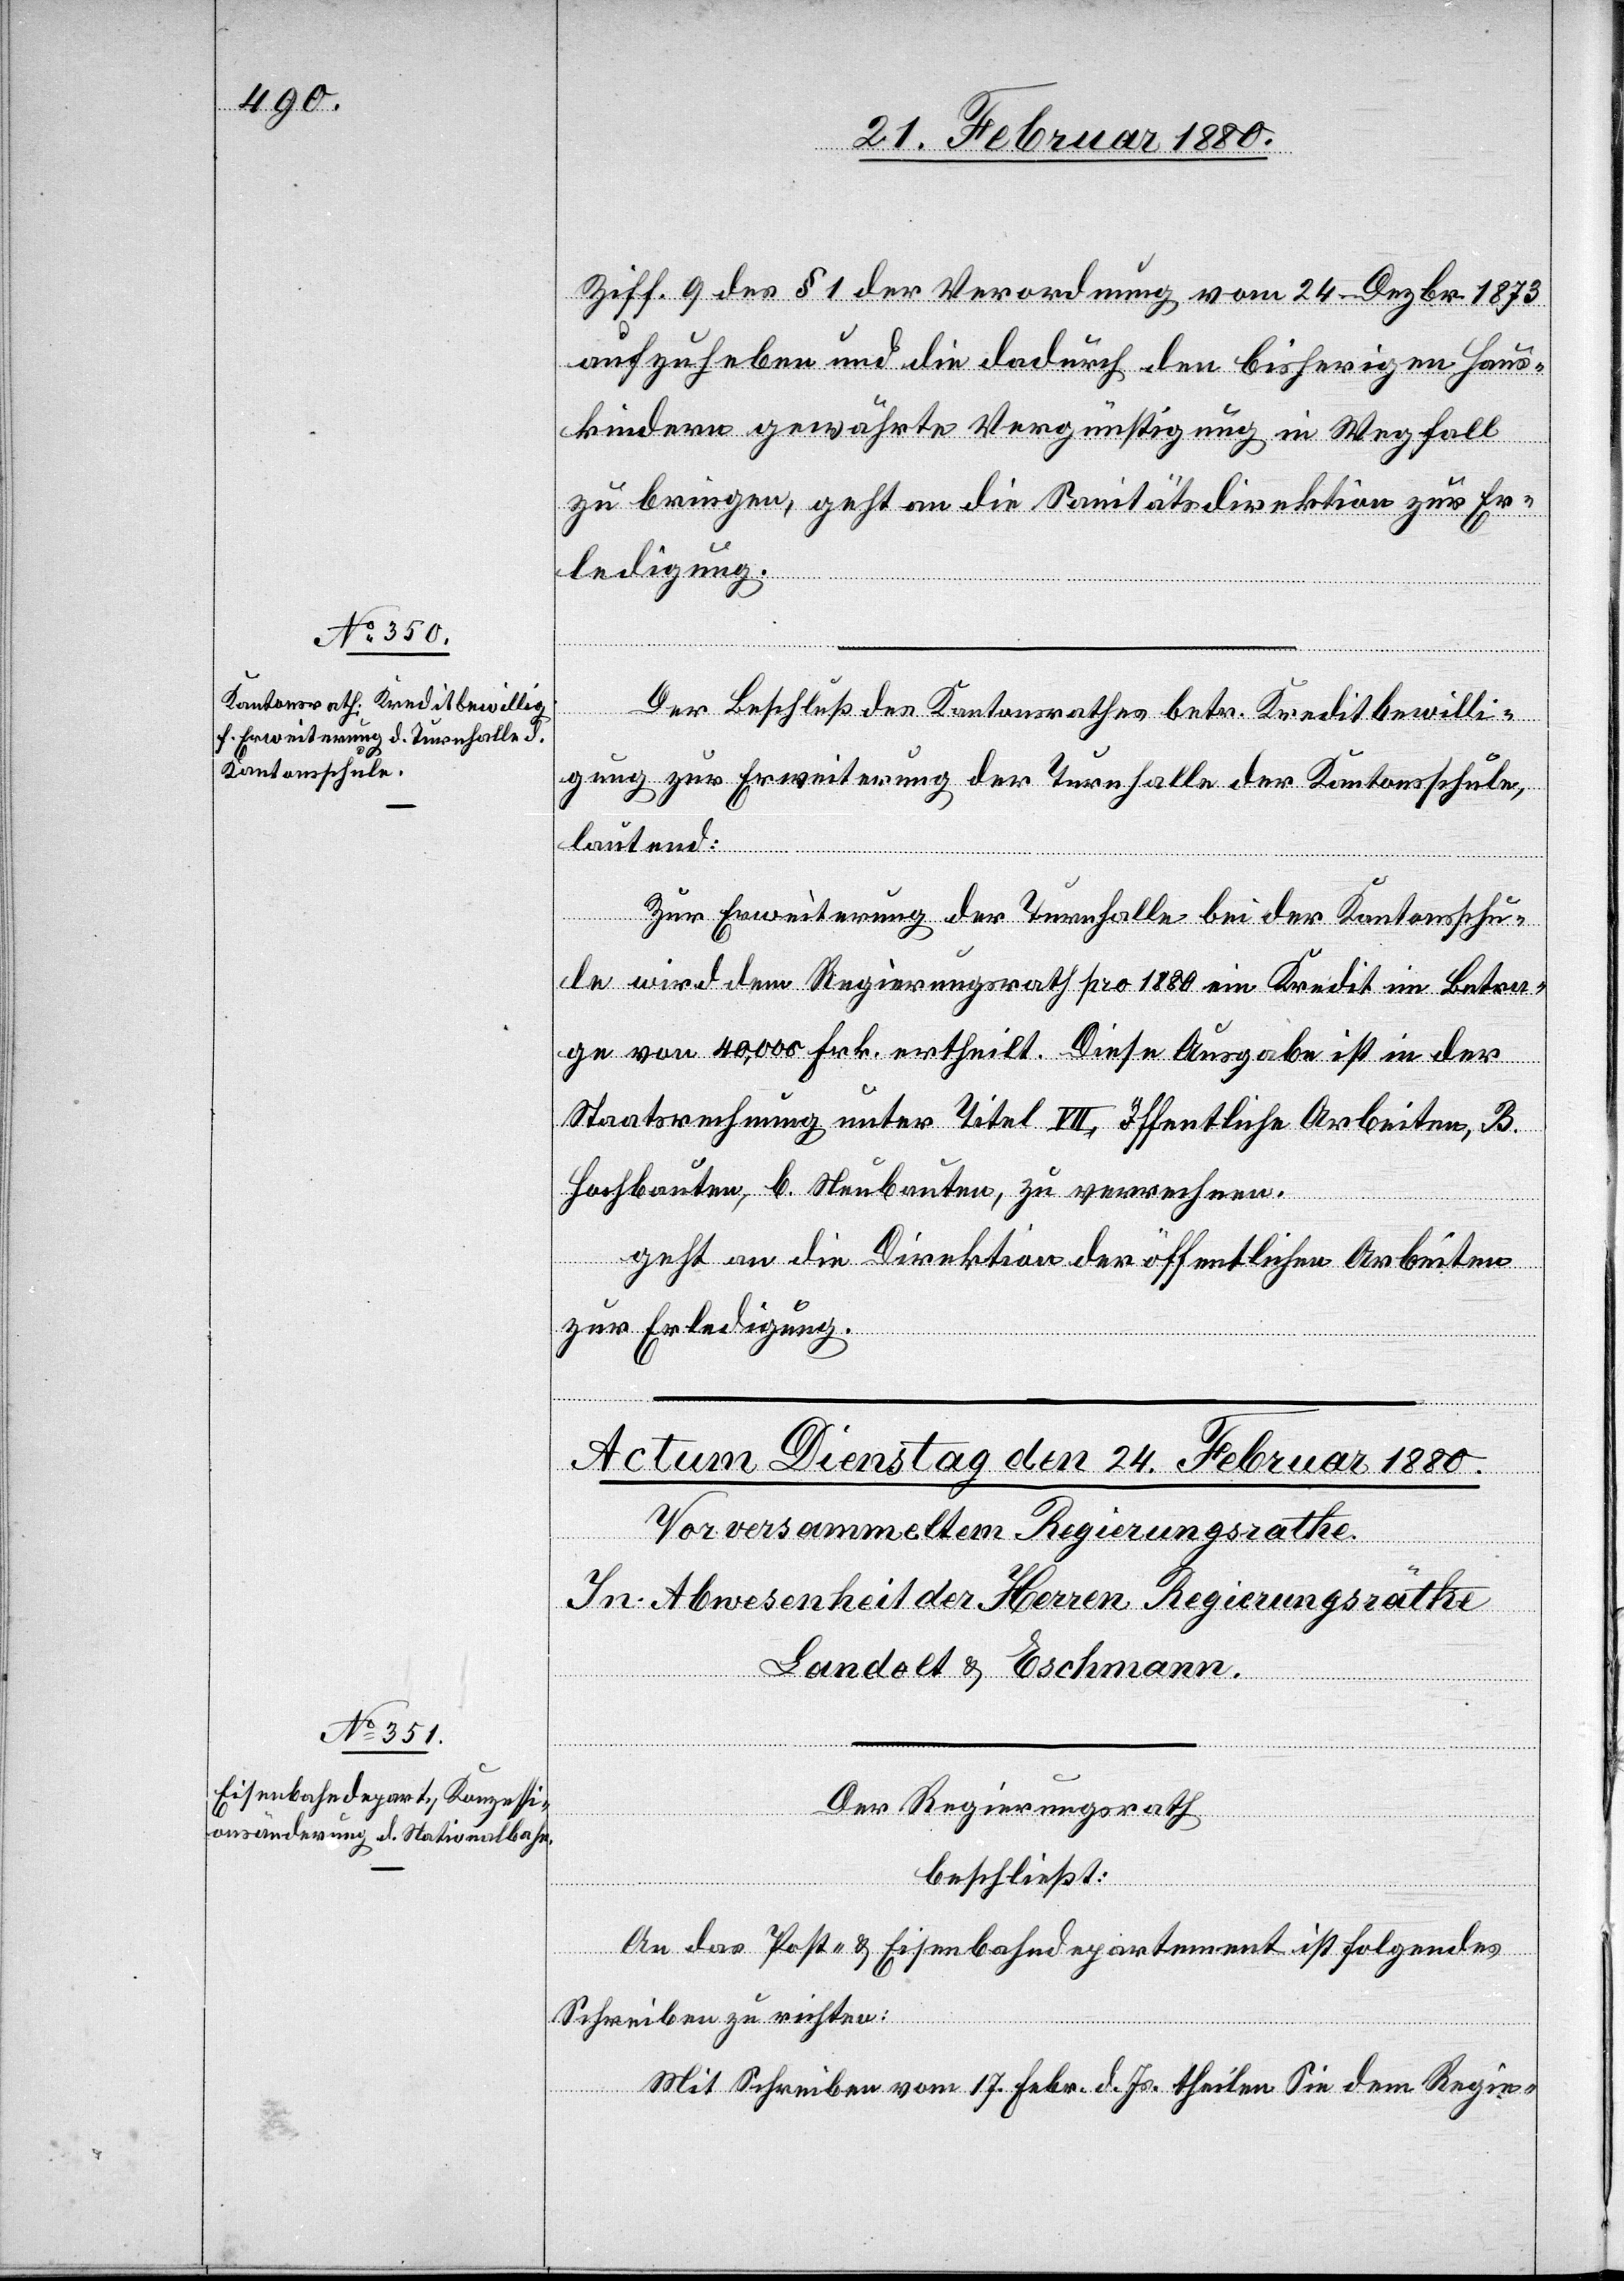
22. Februar 1880.]
Ziff. 9 des § 1 der Verordnung vom 24. Dezbr. 1873
aufzuheben und die dadurch den bisherigen Haus¬
kindern gewährte Vergünstigung in Wegfall
zu bringen, geht an die Sanitätsdirektion zur Er¬
ledigung.
Der Beschluß des Kantonsrathes betr. Kreditbewilli¬
gung zur Erweiterung der Turnhalle der Kantonsschule,
lautend:
Zur Erweiterung der Turnhalle bei der Kantonsschu¬
le wird dem Regierungsrath pro 1880 ein Kredit im Betra¬
ge von 40, 000 Frk. ertheilt. Diese Ausgabe ist in der
Staatsrechnung unter Titel VII, öffentliche Arbeiten, B.
Hochbauten, b. Neubauten, zu verrechnen.
geht an die Direktion der öffentlichen Arbeiten
zur Erledigung.
Der Regierungsrath,
beschließt:
An das Post- & Eisenbahndepartement ist folgendes
Schreiben zu richten:
Mit Schreiben vom 17. Febr d. Js. theilen Sie dem Regie-